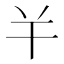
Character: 𢆉